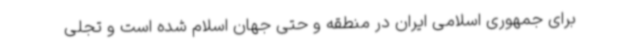
برای جمهوری اسلامی ایران در منطقه و حتی جهان اسلام شده است و تجلی